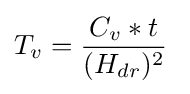
T_{v}={\frac {C_{v}*t}{(H_{dr})^{2}}}\